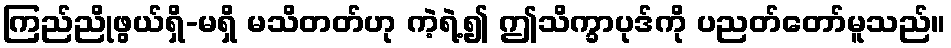
ကြည်ညိုဖွယ်ရှိ-မရှိ မသိတတ်ဟု ကဲ့ရဲ့၍ ဤသိက္ခာပုဒ်ကို ပညတ်တော်မူသည်။